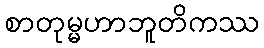
စာတုမ္မဟာဘူတိကဿ